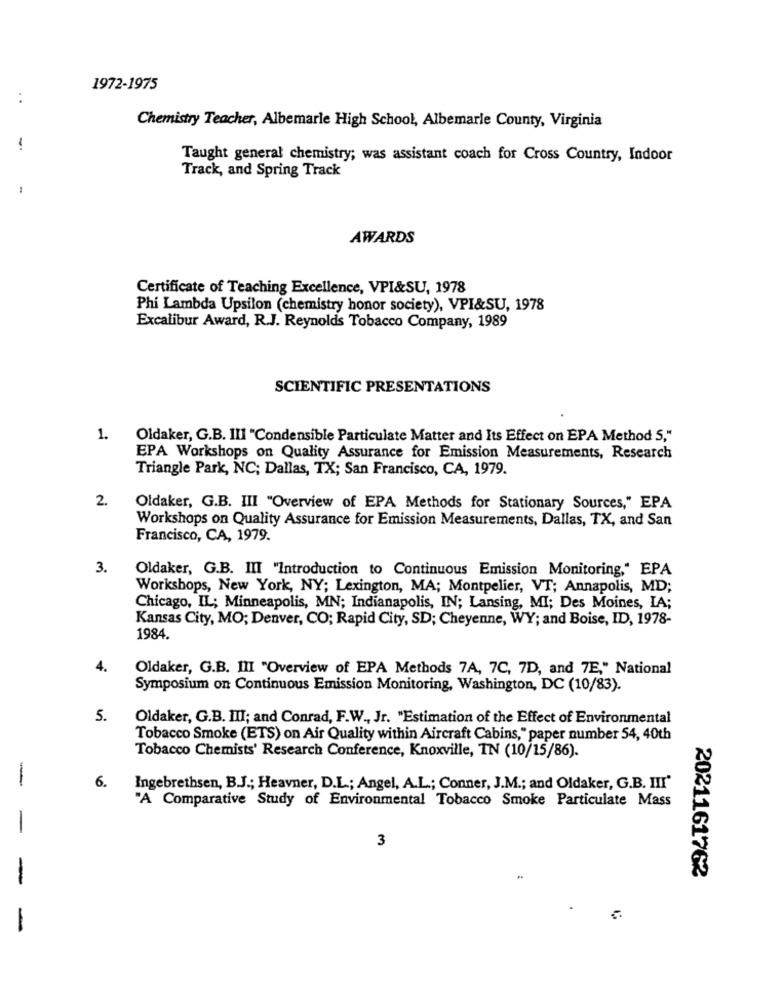
1972-1975
:
Chemistry Teacher, Albemarle High School, Albemarle County, Virginia
-
Taught general chemistry; was assistant coach for Cross Country, Indoor
Track, and Spring Track
AWARDS
Certificate of Teaching Excellence, VPI&SU, 1978
Phi Lambda Upsilon (chemistry honor society), VPI&SU, 1978
Excalibur Award, R.J. Reynolds Tobacco Company, 1989
SCIENTIFIC PRESENTATIONS
1.
Oldaker, G.B. III "Condensible Particulate Matter and Its Effect on EPA Method 5,"
EPA Workshops on Quality Assurance for Emission Measurements, Research
Triangle Park, NC; Dallas, TX; San Francisco, CA, 1979.
2.
Oldaker, G.B. III "Overview of EPA Methods for Stationary Sources," EPA
Workshops on Quality Assurance for Emission Measurements, Dallas, TX, and San
Francisco, CA, 1979.
3.
Oldaker, G.B. III "Introduction to Continuous Emission Monitoring," EPA
Workshops, New York, NY; Lexington, MA; Montpelier, VT; Annapolis, MD;
Chicago, IL; Minneapolis, MN; Indianapolis, IN; Lansing, MI; Des Moines, IA;
Kansas City, MO; Denver, CO; Rapid City, SD; Cheyenne, WY; and Boise, ID, 1978-
1984.
4.
Oldaker, G.B. III "Overview of EPA Methods 7A, 7C, 7D, and 7E," National
Symposium on Continuous Emission Monitoring, Washington, DC (10/83).
5.
Oldaker, G.B. III; and Conrad, F.W ., Jr. "Estimation of the Effect of Environmental
Tobacco Smoke (ETS) on Air Quality within Aircraft Cabins," paper number 54, 40th
Tobacco Chemists' Research Conference, Knoxville, IN (10/15/86).
-
6.
Ingebrethsen, B.J .; Heavner, D.L .; Angel, A.L .; Conner, J.M .; and Oldaker, G.B. III'
"A Comparative Study of Environmental Tobacco Smoke Particulate Mass
-
3
2021161762